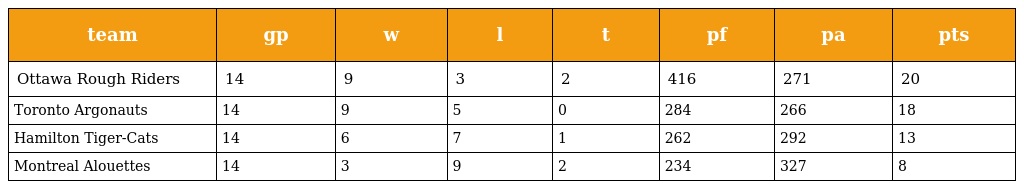
| team | gp | w | l | t | pf | pa | pts |
 | --- | --- | --- | --- | --- | --- | --- | --- |
 | Ottawa Rough Riders | 14 | 9 | 3 | 2 | 416 | 271 | 20 |
 | Toronto Argonauts | 14 | 9 | 5 | 0 | 284 | 266 | 18 |
 | Hamilton Tiger-Cats | 14 | 6 | 7 | 1 | 262 | 292 | 13 |
 | Montreal Alouettes | 14 | 3 | 9 | 2 | 234 | 327 | 8 |